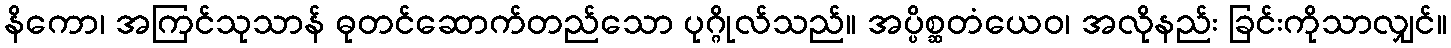
နိကော၊ အကြင်သုသာန် ဓုတင်ဆောက်တည်သော ပုဂ္ဂိုလ်သည်။ အပ္ပိစ္ဆတံယေဝ၊ အလိုနည်း ခြင်းကိုသာလျှင်။